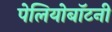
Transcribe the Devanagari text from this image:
पेलियोबॉटनी